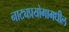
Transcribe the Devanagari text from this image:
नाट्यप्रयोगामधील